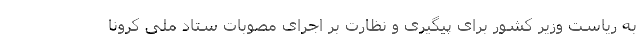
به ریاست وزیر کشور برای پیگیری و نظارت بر اجرای مصوبات ستاد ملی کرونا